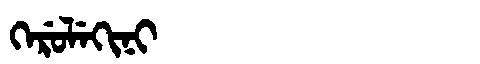
Manchu: ᡴᡝᡵᡠᠯᡝᡴᡳᠨᡳ
Romanization: KERULEKINI